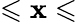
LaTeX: \leqslant\mathbf{x}\leqslant